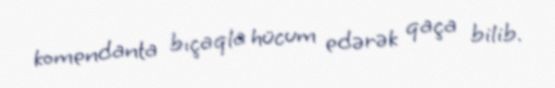
komendanta bıçaqla hücum edərək qaça bilib.